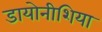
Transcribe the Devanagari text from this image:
डायोनीशिया